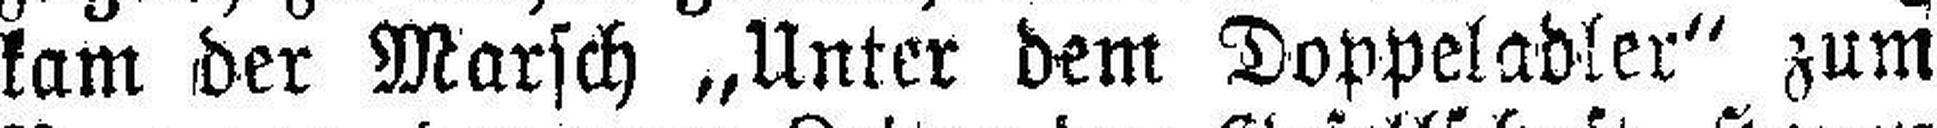
kam der Marsch „Unter dem Doppeladler“ zum